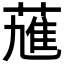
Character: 𱾆